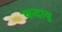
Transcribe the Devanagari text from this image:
कदावु